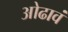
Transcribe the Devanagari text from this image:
ओढावं